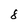
Character: 8